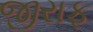
જીરાફ